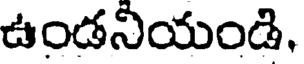
ఉండనియండి.